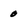
Character: 0